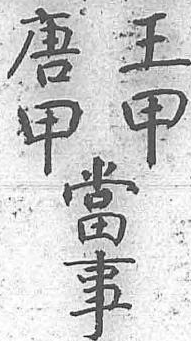
王唐當甲甲事